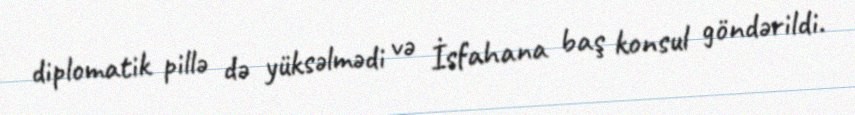
diplomatik pillə də yüksəlmədi və İsfahana baş konsul göndərildi.